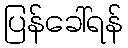
ပြန်ခေါ်ရန်